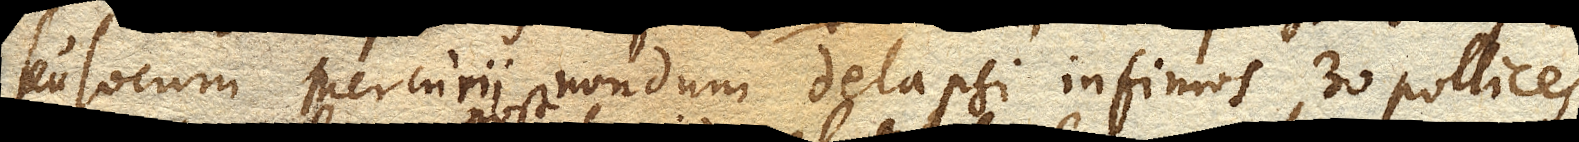
seu locum Mercurii nondum delapsi infimos 30 pollices